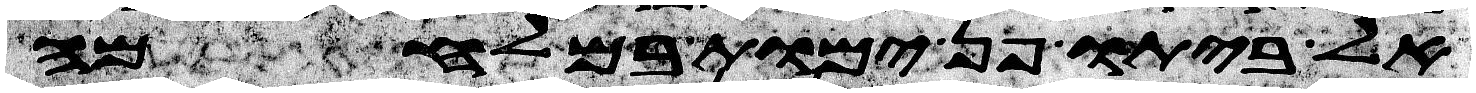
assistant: לביתו פן ימות במלחמה